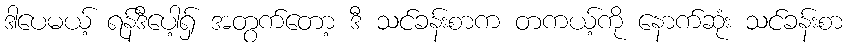
ဒါပေမယ့် ရန်ဒီပေါ့ရှ် အတွက်တော့ ဒီ သင်ခန်းစာက တကယ့်ကို နောက်ဆုံး သင်ခန်းစာ